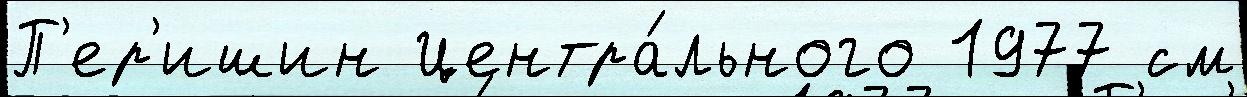
П'ер'ишин Центра́льного 1977 см